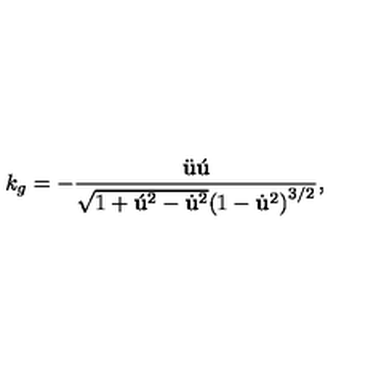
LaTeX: k _ { g } = - \frac { \ddot { \bf u } \acute { \bf u } } { \sqrt { 1 + { \acute { \bf u } } ^ { 2 } - { \dot { \bf u } } ^ { 2 } } { ( 1 - { \dot { \bf u } } ^ { 2 } ) } ^ { 3 / 2 } } ,